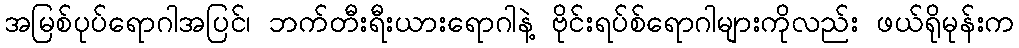
အမြစ်ပုပ်ရောဂါအပြင်၊ ဘက်တီးရီးယားရောဂါနဲ့ ဗိုင်းရပ်စ်ရောဂါများကိုလည်း ဖယ်ရိုမုန်းက